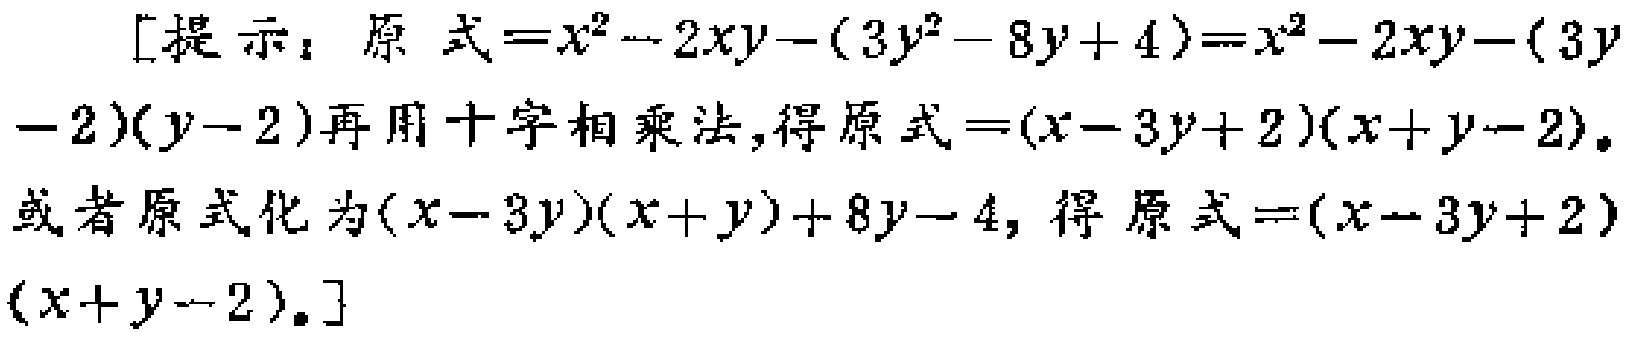
[提示：原式\(=x^{2}-2xy-(3y^{2}-8y + 4)=x^{2}-2xy-(3y - 2)(y - 2)\)再用十字相乘法，得原式\(=(x - 3y + 2)(x + y - 2)\)。或者原式化为\((x - 3y)(x + y)+8y - 4\)，得原式\(=(x - 3y + 2)(x + y - 2)\)。]